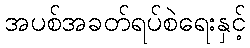
အပစ်အခတ်ရပ်စဲရေးနှင့်